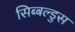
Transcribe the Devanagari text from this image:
सिब्बल्डुस